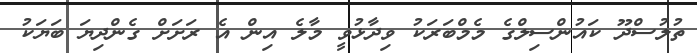
ތުލުސްދޫ ކައުންސިލްގެ މެމްބަރަކު ވިދާޅުވީ މާލެ އިން އެ ރަށަށް ގެންދިޔަ ބަޔަކު